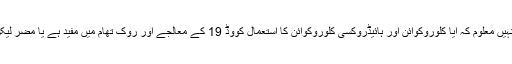
مطالعے کے سربراہان میں سے ایک پروفیسر نکولس وائٹ کہتے ہیں کہ ہمیں نہیں معلوم کہ آیا کلوروکوائن اور ہائیڈروکسی کلوروکوائن کا استعمال کووڈ 19 کے معالجے اور روک تھام میں مفید ہے یا مضر لیکن اس دوہرے ان دیکھے (ڈبل بلائنڈ) مطالعے سے یہ حقیقت سامنے آجائے گی۔